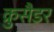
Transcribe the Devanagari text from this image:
क्रुसैडर